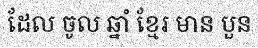
ដែល ចូល ឆ្នាំ ខ្មែរ មាន បួន